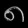
Digit: ၈